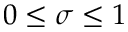
0 \leq \sigma \leq 1